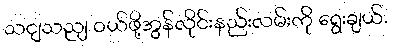
သငျသညျ ဝယ်ဖို့အွန်လိုင်းနည်းလမ်းကို ရွေးချယ်.